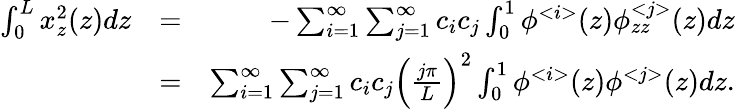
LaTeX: \begin{array}{rlr}{\int_{0}^{L}x_{z}^{2}(z)dz}&{=}&{-\sum_{i=1}^{\infty}\sum_{j=1}^{\infty}c_{i}c_{j}\int_{0}^{1}\phi^{<i>}(z)\phi_{zz}^{<j>}(z)dz}\\ &{=}&{\sum_{i=1}^{\infty}\sum_{j=1}^{\infty}c_{i}c_{j}\Big(\frac{j\pi}{L}\Big)^{2}\int_{0}^{1}\phi^{<i>}(z)\phi^{<j>}(z)dz.}\end{array}